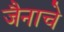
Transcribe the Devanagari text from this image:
जैनाचे